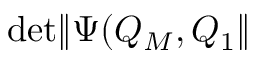
\mathrm { d e t } \| \Psi ( Q _ { M } , Q _ { 1 } \|